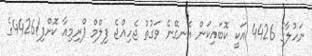
ނަހުލާގެ 4426 އަކީ ކޮބައިކަން އެނގޭނެ ވަގުތު ޖެހިއްޖެ ފިލްމް ޕްރިމިއާ ކޮށްފި!4426ގެ